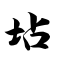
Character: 坫